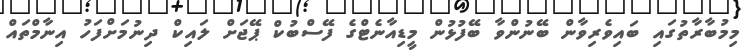
މިމުބާރާތުގައި ބައިވެރިވާން ބޭނުންވާ ބޭފުޅުން މީޑިއާނެޓްގެ ފޭސްބުކް ޕޭޖަށް ލައިކް ދިނުމަށްފަހު އިނާމްތައް